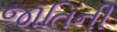
જાતિની